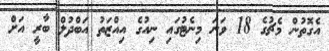
އެގޮތުން މެޗުގެ 18 ވަނަ މިނެޓުގައި ނިއުގެ އިއްޒަތު އަބްދުލް ބާރީ އަށް